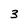
Character: 3